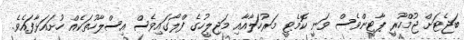
ބަޖެޓަށް ޖުމްހޫރީ ޕާޓީންވެސް ވަނީ ކޮމެޓީ މަރުހަލާއާއި މަޖިލީހުގެ ފްލޯގައިވެސް އިސްލާހުތަކެއް ހުށައަޅާފައެވެ.